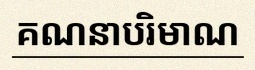
គណនាបរិមាណ